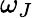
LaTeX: \omega_{J}